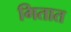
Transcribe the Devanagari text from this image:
गितात